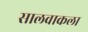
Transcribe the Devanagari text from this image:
सालवाकला